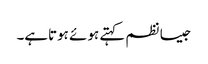
جیسا نظم کہتے ہوئے ہوتاہے۔